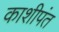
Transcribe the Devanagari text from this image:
काशीपंत